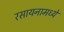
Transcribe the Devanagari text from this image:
रसायनामध्ये